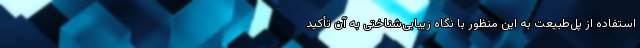
استفاده از پل‌طبیعت به این منظور با نگاه زیبایی‌شناختی به آن تأکید